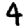
Digit: 4